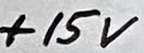
Text: +15V